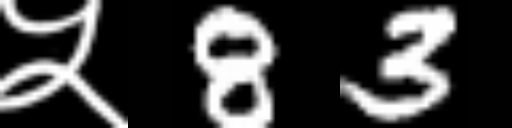
Text: ५83